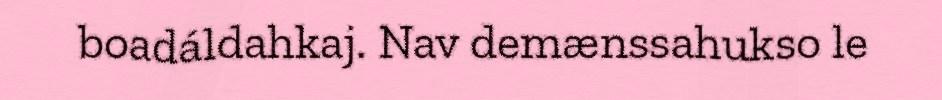
boadáldahkaj. Nav demænssahukso le